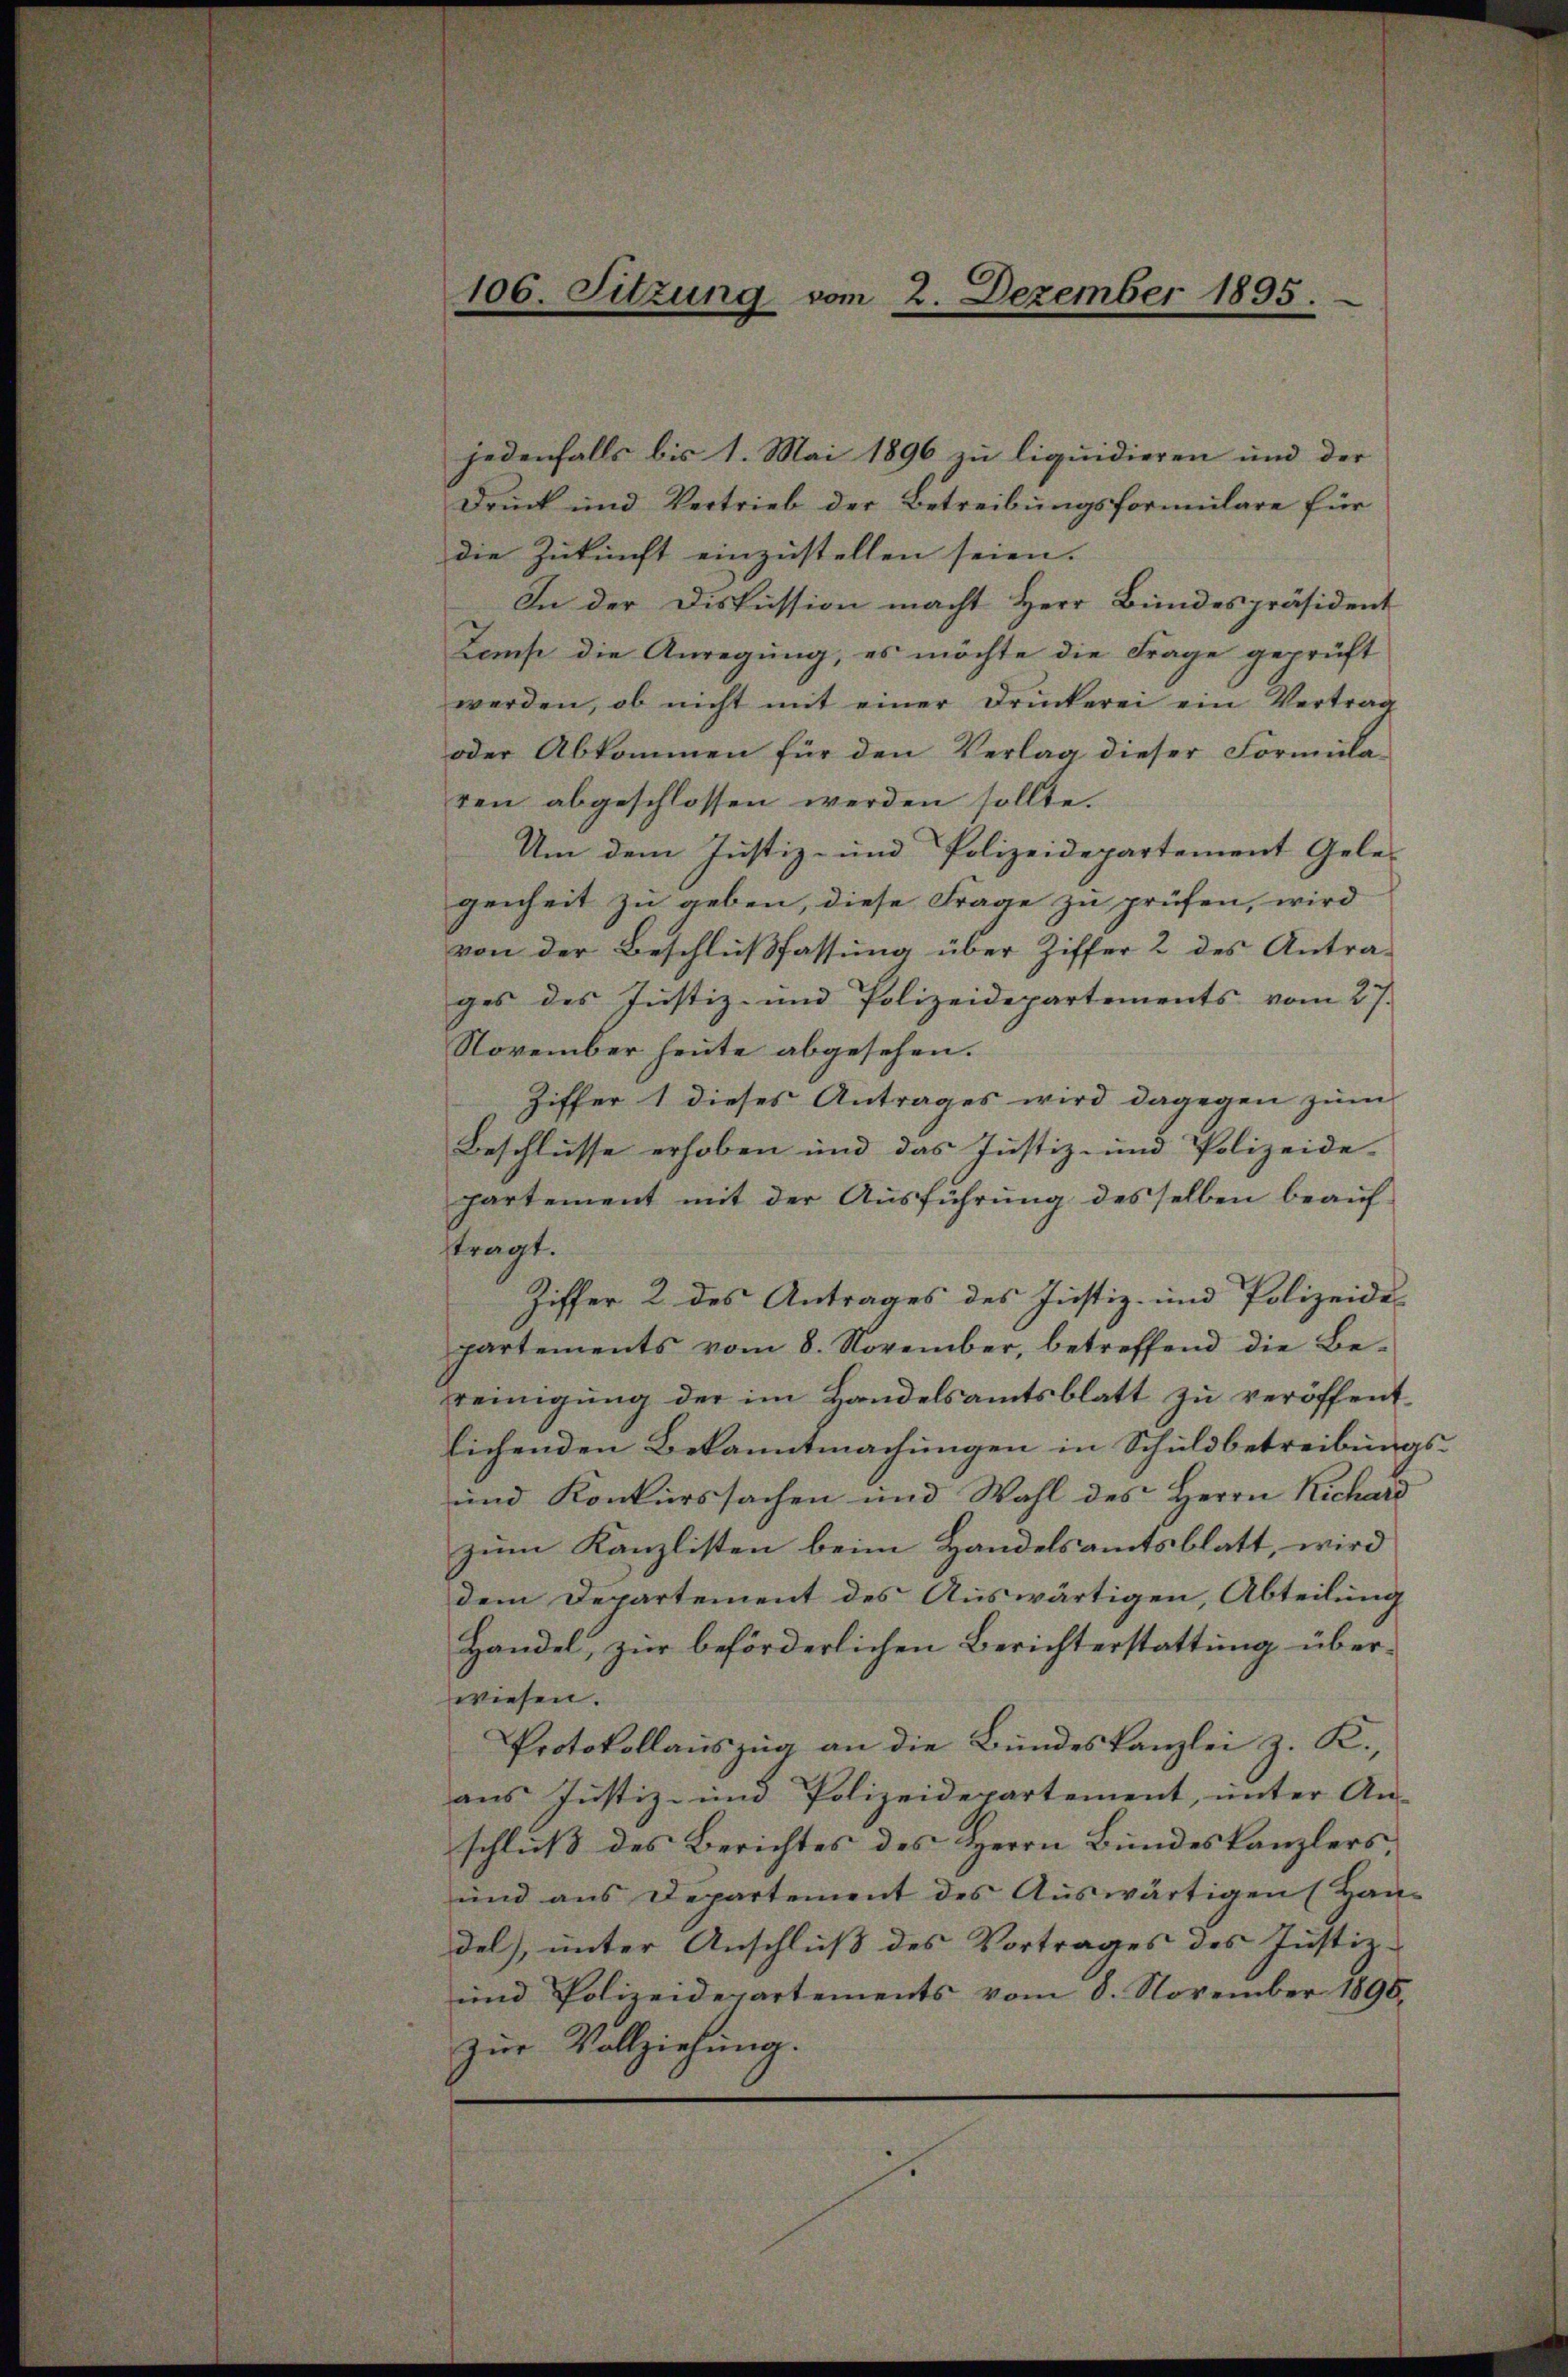
106. Sitzung vom 2. Dezember 1895.

jedenfalls bis 1. Mai 1896 zu liquidieren und der
Druck und Vertrieb der Betreibungsformulare für
die Zukunft einzustellen seien.
In der Diskussion macht Herr Bundespräsident
Zams die Anregung, es möchte die Frage geprüft
werden, ob nicht mit einer Druckerei ein Vertrag
oder Abkommen für den Verlag dieser Formula-
ren abgeschlossen werden sollte.
Um dem Justiz- und Polizeidepartement Gele-
genheit zu geben, diese Frage zu prüfen, wird
von der Beschlußfassung über Ziffer 2 des Antrages des Justiz- und Polizeidepartements vom 27.
November heute abgesehen.
Ziffer 1 dieses Antrages wird dagegen zum
Beschlüsse erhoben und das Justiz- und Polizeide-
partement mit der Aŭsführŭng desselben beaŭf
ftragt.
Ziffer 2 des Antrages des Justiz- und Polizeide
partements vom 8. November, betreffend die Be-
reinigung der im Handelsamtsblatt zu veröffentlichenden Bekanntmachungen in Schuldbetreibungs¬
und Konkurssachen und Wahl des Herrn Richard
zum Kanzlisten beim Handelsamtsblatt, wird
dem Departement des Auswärtigen, Abteilung
Handel, zur beförderlichen Berichterstattung überwiesen.
Protokollauszug an die Bundeskanzlei z. K.,
aus Justiz- und Polizeidepartement, unter An-
schluß des Berichtes des Herrn Bundeskanzlers,
und aus Departement des Auswärtigen (Haus
del, unter Anschluß des Vortrages des Justiz-
und Polizeidepartements vom 8. November 1890.
zŭr Vollziehung.